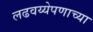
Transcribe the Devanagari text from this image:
लढवय्येपणाच्या